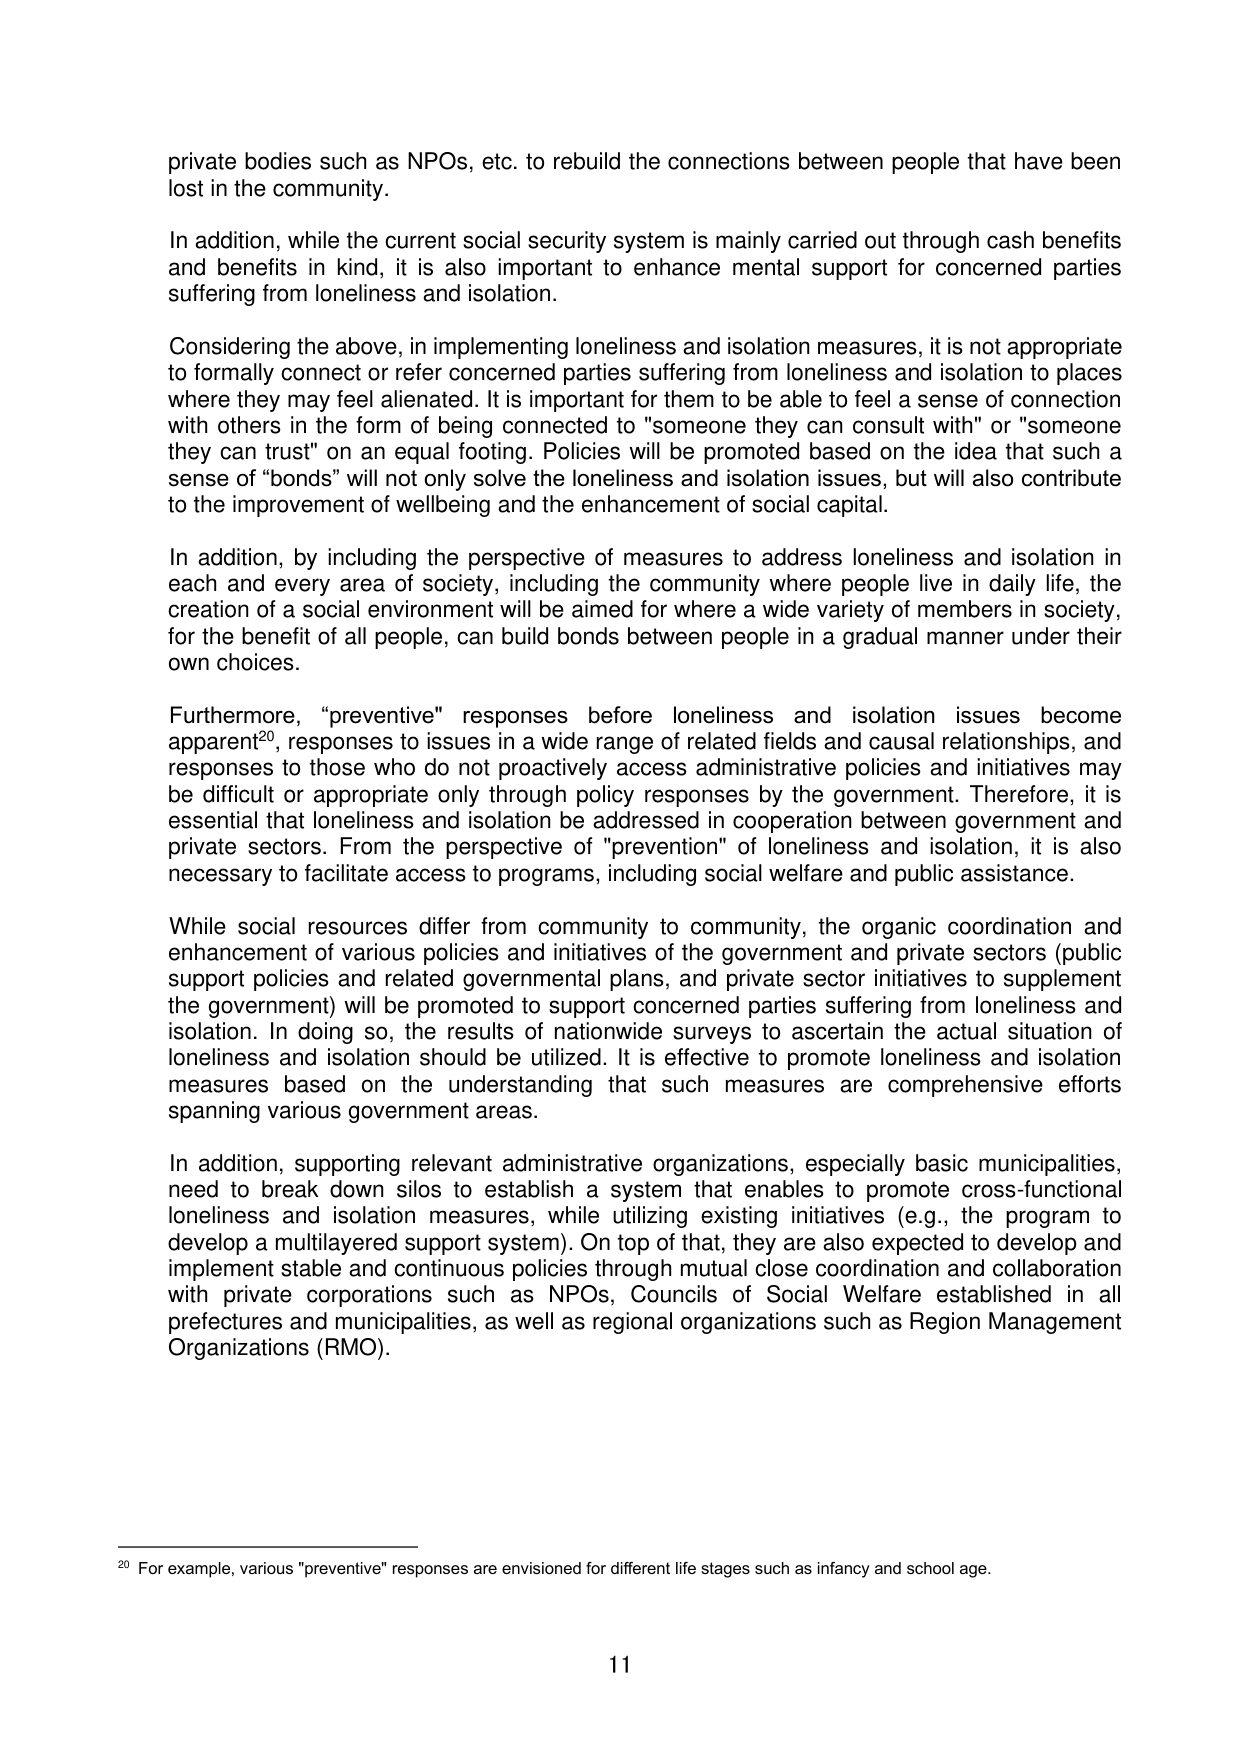
private bodies such as NPOs, etc. to rebuild the connections between people that have been lost in the community.

In addition, while the current social security system is mainly carried out through cash benefits and benefits in kind, it is also important to enhance mental support for concerned parties suffering from loneliness and isolation.

Considering the above, in implementing loneliness and isolation measures, it is not appropriate to formally connect or refer concerned parties suffering from loneliness and isolation to places where they may feel alienated. It is important for them to be able to feel a sense of connection with others in the form of being connected to "someone they can consult with" or "someone they can trust" on an equal footing. Policies will be promoted based on the idea that such a sense of "bonds" will not only solve the loneliness and isolation issues, but will also contribute to the improvement of wellbeing and the enhancement of social capital.

In addition, by including the perspective of measures to address loneliness and isolation in each and every area of society, including the community where people live in daily life, the creation of a social environment will be aimed for where a wide variety of members in society, for the benefit of all people, can build bonds between people in a gradual manner under their own choices.

Furthermore, “preventive” responses before loneliness and isolation issues become apparent²⁰, responses to issues in a wide range of related fields and causal relationships, and responses to those who do not proactively access administrative policies and initiatives may be difficult or appropriate only through policy responses by the government. Therefore, it is essential that loneliness and isolation be addressed in cooperation between government and private sectors. From the perspective of "prevention" of loneliness and isolation, it is also necessary to facilitate access to programs, including social welfare and public assistance.

While social resources differ from community to community, the organic coordination and enhancement of various policies and initiatives of the government and private sectors (public support policies and related governmental plans, and private sector initiatives to supplement the government) will be promoted to support concerned parties suffering from loneliness and isolation. In doing so, the results of nationwide surveys to ascertain the actual situation of loneliness and isolation should be utilized. It is effective to promote loneliness and isolation measures based on the understanding that such measures are comprehensive efforts spanning various government areas.

In addition, supporting relevant administrative organizations, especially basic municipalities, need to break down silos to establish a system that enables to promote cross-functional loneliness and isolation measures, while utilizing existing initiatives (e.g., the program to develop a multilayered support system). On top of that, they are also expected to develop and implement stable and continuous policies through mutual close coordination and collaboration with private corporations such as NPOs, Councils of Social Welfare established in all prefectures and municipalities, as well as regional organizations such as Region Management Organizations (RMO).

²⁰ For example, various "preventive" responses are envisioned for different life stages such as infancy and school age.

11